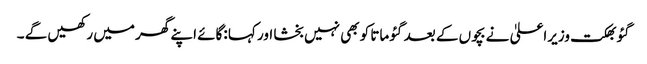
گئو بھکت وزیراعلیٰ نے بچوں کے بعد گئو ماتا کو بھی نہیں بخشا اور کہا :گائے اپنے گھر میں رکھیں گے ۔